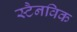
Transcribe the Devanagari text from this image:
स्टैनविक